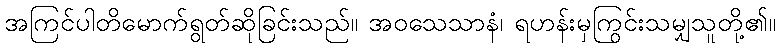
အကြင်ပါတိမောက်ရွတ်ဆိုခြင်းသည်။ အဝသေသာနံ၊ ရဟန်းမှကြွင်းသမျှသူတို့၏။